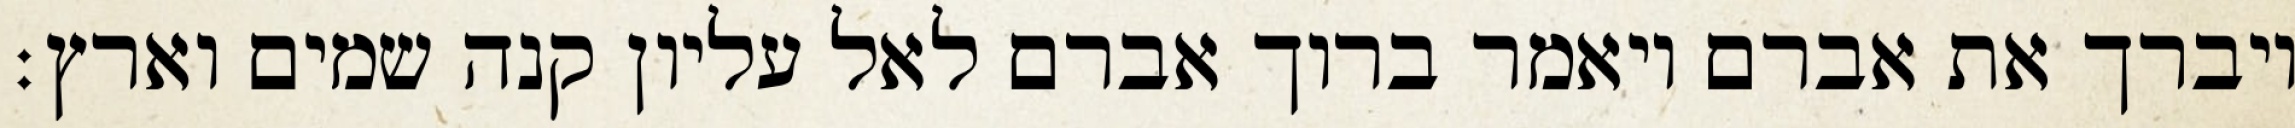
ויברך את אברם ויאמר ברוך אברם לאל עליון קנה שמים וארץ׃